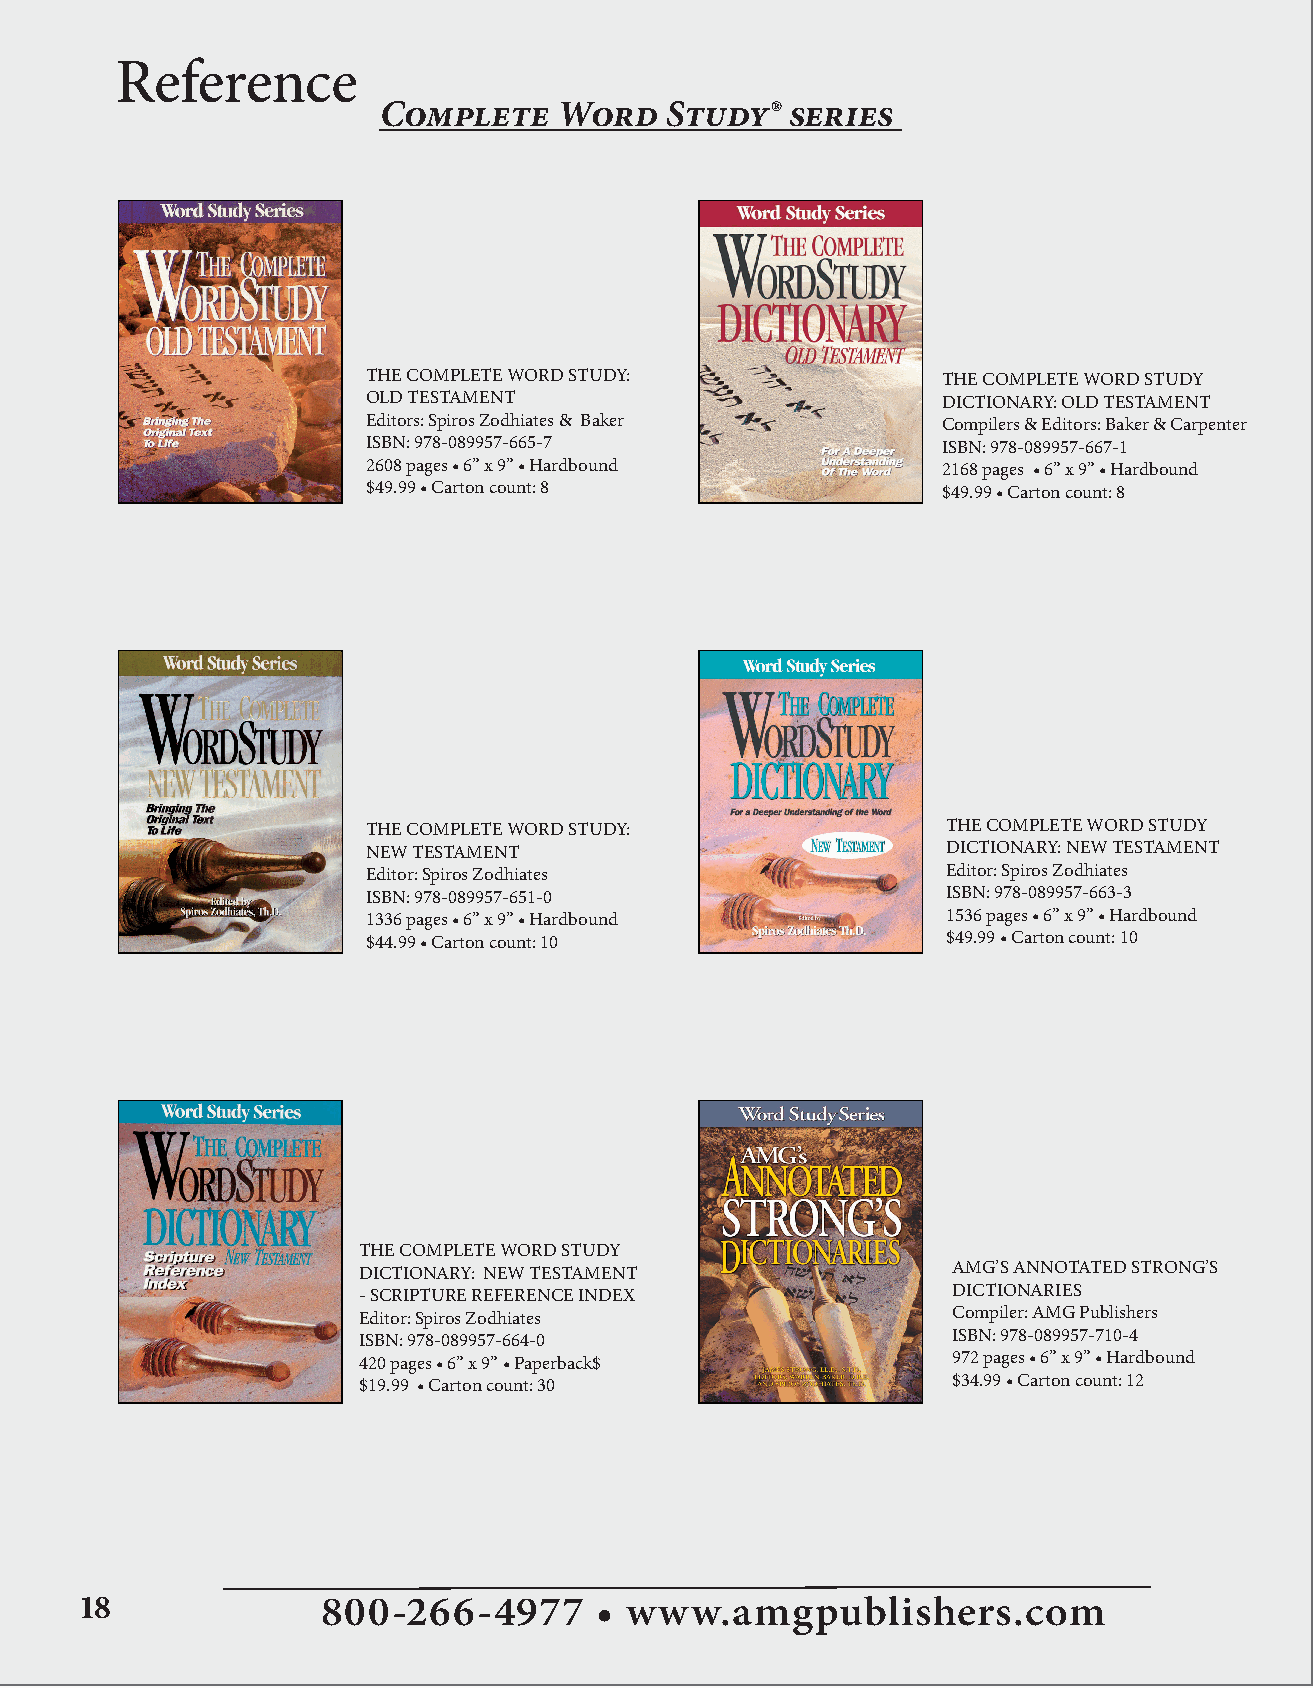
Reference
 Complete    Word   Study®  series
 THE COMPLETE WORD STUDY:              THE COMPLETE WORD STUDY
 OLD TESTAMENT                         DICTIONARY: OLD TESTAMENT
 Editors: Spiros Zodhiates & Baker     Compilers & Editors: Baker & Carpenter
 ISBN: 978-089957-665-7                ISBN: 978-089957-667-1
 2608 pages • 6” x 9” • Hardbound      2168 pages • 6” x 9” • Hardbound
 $49.99 • Carton count: 8              $49.99 • Carton count: 8
 THE COMPLETE WORD STUDY:               THE COMPLETE WORD STUDY
 NEW TESTAMENT                          DICTIONARY: NEW TESTAMENT
 Editor: Spiros Zodhiates               Editor: Spiros Zodhiates
 ISBN: 978-089957-651-0                 ISBN: 978-089957-663-3
 1336 pages • 6” x 9” • Hardbound       1536 pages • 6” x 9” • Hardbound
 $44.99 • Carton count: 10              $49.99 • Carton count: 10
 THE COMPLETE WORD STUDY
 DICTIONARY: NEW TESTAMENT              AMG’S ANNOTATED STRONG’S
 - SCRIPTURE REFERENCE INDEX            DICTIONARIES
 Editor: Spiros Zodhiates               Compiler: AMG Publishers
 ISBN: 978-089957-664-0                 ISBN: 978-089957-710-4
 420 pages • 6” x 9” • Paperback$       972 pages • 6” x 9” • Hardbound
 $19.99 • Carton count: 30              $34.99 • Carton count: 12
 18              800-266-4977       • www.amgpublishers.com